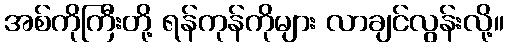
အစ်ကိုကြီးတို့ ရန်ကုန်ကိုများ လာချင်လွန်းလို့။